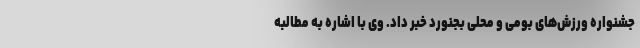
جشنواره ورزش‌های بومی و محلی بجنورد خبر داد. وی با اشاره به مطالبه